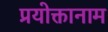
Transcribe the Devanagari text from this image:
प्रयोक्तानाम